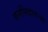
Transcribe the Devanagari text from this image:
कर्मसिद्धांताच्या